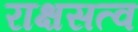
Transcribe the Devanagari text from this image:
राक्षसत्व